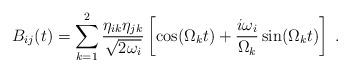
LaTeX: \begin{align*}B_{ij}(t)=\sum_{k=1}^2 \frac{\eta_{ik}\eta_{jk}}{\sqrt{2\omega_i}}\left[\cos(\Omega_kt)+\frac{i\omega_i}{\Omega_k}\sin(\Omega_kt)\right]\;.\end{align*}